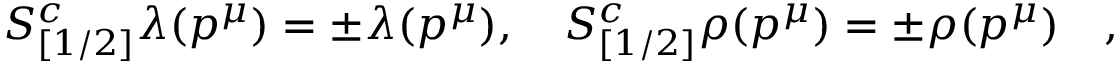
S _ { [ 1 / 2 ] } ^ { c } \lambda ( p ^ { \mu } ) = \pm \lambda ( p ^ { \mu } ) , \quad S _ { [ 1 / 2 ] } ^ { c } \rho ( p ^ { \mu } ) = \pm \rho ( p ^ { \mu } ) \quad ,